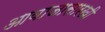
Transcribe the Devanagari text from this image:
आवाजासारखी